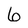
Character: 6